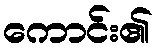
ကောင်း၏